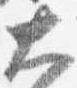
大